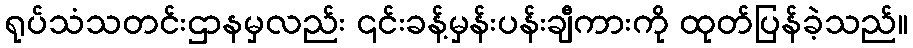
ရုပ်သံသတင်းဌာနမှလည်း ၎င်းခန့်မှန်းပန်းချီကားကို ထုတ်ပြန်ခဲ့သည်။